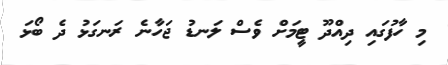
މި ހާފުގައި ދިއްދޫ ޓީމަށް ވެސް ލަނޑު ޖަހާނެ ރަނގަޅު ދެ ބޯޅަ